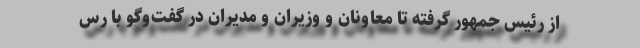
از رئیس جمهور گرفته تا معاونان و وزیران و مدیران در گفت‌وگو با رس